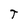
Character: T